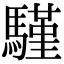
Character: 𩥕